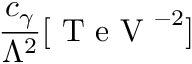
\frac { c _ { \gamma } } { \Lambda ^ { 2 } } [ \mathrm { ~ T ~ e ~ V ~ } ^ { - 2 } ]